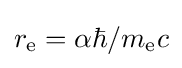
r_{\text{e}}=\alpha \hbar /m_{\text{e}}c